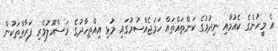
އެ މީހުންގެ ކެއުމާއި ނިދުމުގެ ކަންތައްތައް ހަމަޖެއްސުމުގައި މުޅި އިއްތިހާދުގެ މަސްއޫލުވެރި ފަރާތްތަކުން